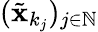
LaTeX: ({\tilde{\textbf{x}}}_{k_{j}})_{j\in\mathbb{N}}